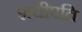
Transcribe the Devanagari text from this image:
शचीपति